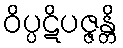
ဝိပ္ပဋိပဇ္ဇန္တိ